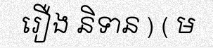
រឿង និទាន ) ( ម